Indian journal of veterinary science and animal husbandry - Volumes 28-29, 1958-1959
Year: 1958
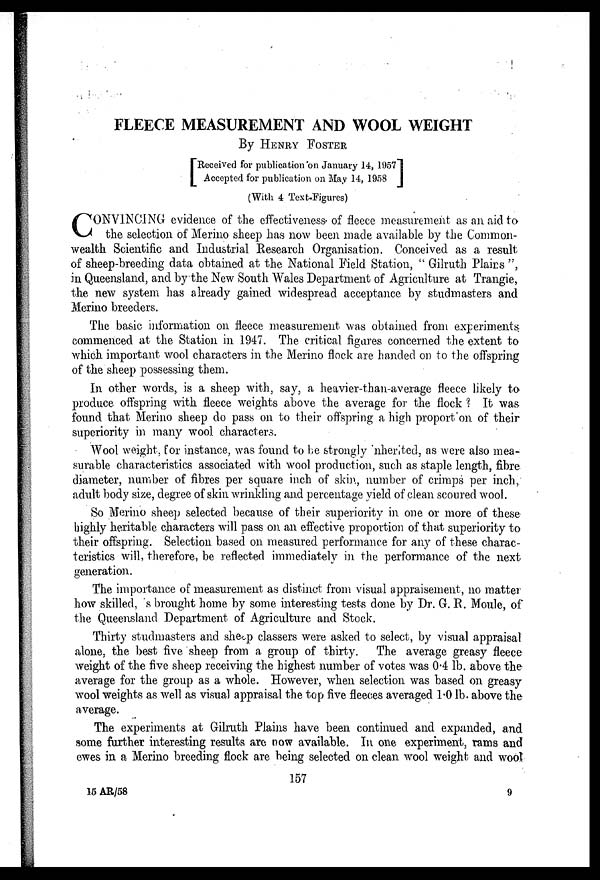
FLEECE MEASUREMENT AND WOOL WEIGHT
By HENRY FOSTER
[ Received for publication on January 14, 1957
Accepted for publication on May 14,
1958]
(With 4 Text-Figures)
C ONVINCING evidence of the effectiveness of fleece measurement as an aid to
the selection of Merino sheep has now been made available by the Common-
wealth Scientific and Industrial Research Organisation. Conceived as a result
of sheep-breeding data obtained at the National Field Station, " Gilruth Plairs ",
in Queensland, and by the New South Wales Department of Agriculture at Trangie,
the new system has already gained widespread acceptance by studmasters and
Merino breeders.
The basic information on fleece measurement was obtained from experiments
commenced at the Station in 1947. The critical figures concerned the extent to
which important wool characters in the Merino flock are handed on to the offspring
of the sheep possessing them.
In other words, is a sheep with, say, a heavier-than-average fleece likely to
produce offspring with fleece weights above the average for the flock ? It was
found that Merino sheep do pass on to their offspring a high proport on of their
superiority in many wool characters.
Wool weight, for instance, was found to be strongly nherited, as were also mea-
surable characteristics associated with wool production, such as staple length, fibre
diameter, number of fibres per square inch of skin, number of crimps per inch,
adult body size, degree of skin wrinkling and percentage yield of clean scoured wool.
So Merino sheep selected because of their superiority in one or more of these
highly heritable characters will pass on an effective proportion of that superiority to
their offspring. Selection based on measured performance for any of these charac-
teristics will, therefore, be reflected immediately in the performance of the next
generation.
The importance of measurement as distinct from visual appraisement, no matter
how skilled, s brought home by some interesting tests done by Dr. G. R. Moule, of
the Queensland Department of Agriculture and Stock.
Thirty studmasters and sheep classers were asked to select, by visual appraisal
alone, the best five sheep from a group of thirty. The average greasy fleece
weight of the five sheep receiving the highest number of votes was 0.4 lb. above the
average for the group as a whole. However, when selection was based on greasy
wool weights as well as visual appraisal the top five fleeces averaged 1.0 lb. above the
average.
The experiments at Gilruth Plains have been continued and expanded, and
some further interesting results are now available. In one experiment, rams and
ewes in a Merino breeding flock are being selected on clean wool weight and wool
157
15 AR/58
9